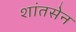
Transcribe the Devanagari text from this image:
शांतसेन